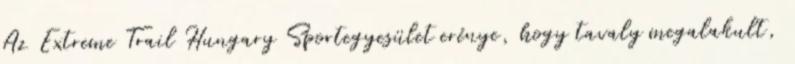
Az Extreme Trail Hungary Sportegyesület erénye, hogy tavaly megalakult,